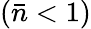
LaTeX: (\bar{n}<1)